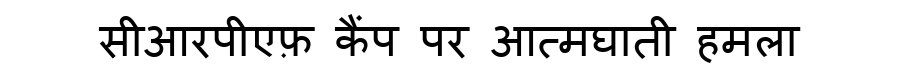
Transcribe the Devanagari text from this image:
सीआरपीएफ़ कैंप पर आत्मघाती हमला